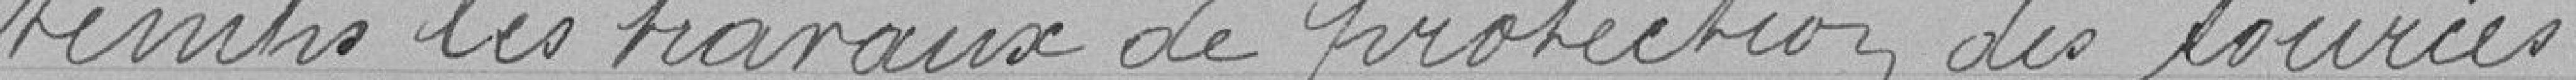
temps les travaux de protection des sources.